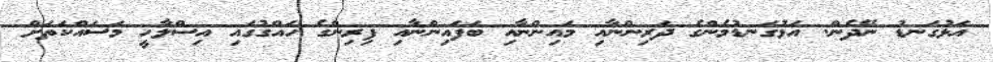
އަޅުގަނޑު ނޭދެން. އަޅުގަނޑުމެންގެ ދަރިންނާއި މައިންނާއި ބަފައިންނާއި ފިރިންގެ ހައްގުގައި އިސްލާހީ މަސައްކަތަށް